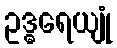
ဥဒ္ဓရေယျုံ